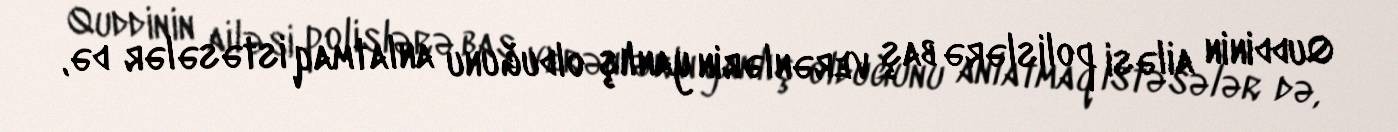
Quddinin ailəsi polislərə baş verənlərin yanlış olduğunu anlatmaq istəsələr də,